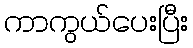
ကာကွယ်ပေးပြီး